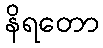
နိရတော